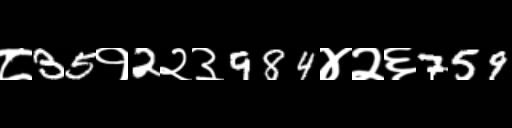
Text: ८35१2२३984४२६759